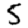
Digit: 5